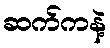
ဆက်ကနဲ့